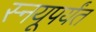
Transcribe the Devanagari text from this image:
स्नयूपर्यंत